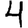
Digit: 4